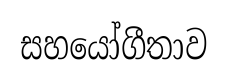
සහයෝගීතාව